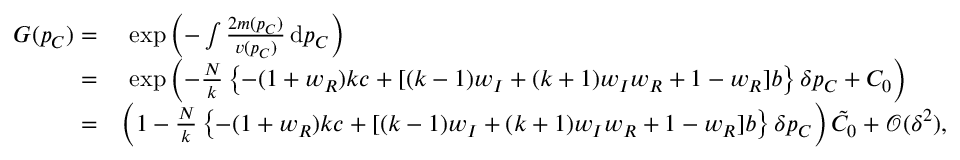
\begin{array} { r l } { G ( p _ { C } ) = } & { ~ \exp { \left( - \int { \frac { 2 m ( p _ { C } ) } { v ( p _ { C } ) } } \, \mathrm { d } p _ { C } \right) } } \\ { = } & { ~ \exp { \left( - \frac { N } { k } \left\{ - ( 1 + w _ { R } ) k c + [ ( k - 1 ) w _ { I } + ( k + 1 ) w _ { I } w _ { R } + 1 - w _ { R } ] b \right\} \delta p _ { C } + C _ { 0 } \right) } } \\ { = } & { \left( 1 - \frac { N } { k } \left\{ - ( 1 + w _ { R } ) k c + [ ( k - 1 ) w _ { I } + ( k + 1 ) w _ { I } w _ { R } + 1 - w _ { R } ] b \right\} \delta p _ { C } \right) \tilde { C } _ { 0 } + \mathcal { O } ( \delta ^ { 2 } ) , } \end{array}